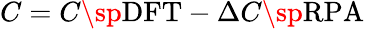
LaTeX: C=C\sp{\textnormal{DFT}}-\Delta C\sp{\textnormal{RPA}}